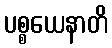
ပစ္စယေနာတိ